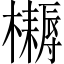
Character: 𣟪